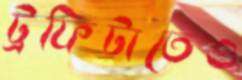
ট্রফিটাতেও